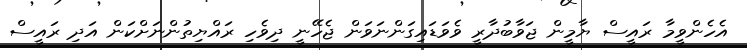
އެހެންވީމާ ރައީސް ޔާމީން ޖަވާބުދާރީ ވެވަޑައިގަންނަވަން ޖެހޭނީ ދިވެހި ރައްޔިތުންނަށްކަން އަދި ރައީސް